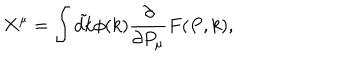
X ^ { \mu } = \int \tilde { d k } \phi ( k ) { \frac { \partial } { { \partial P _ { \mu } } } } F ( P , k ) ,